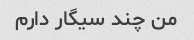
من چند سیگار دارم